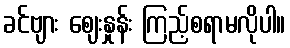
ခင်ဗျား ဈေးနှုန်း ကြည့်စရာမလိုပါ။